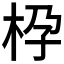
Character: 𱣌